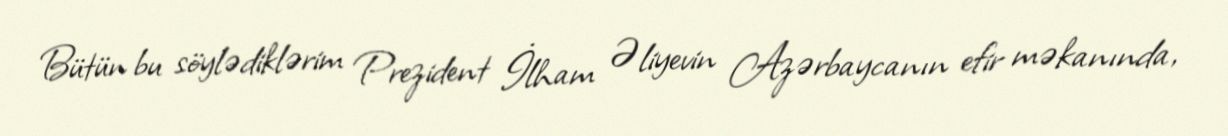
Bütün bu söylədiklərim Prezident İlham Əliyevin Azərbaycanın efir məkanında,